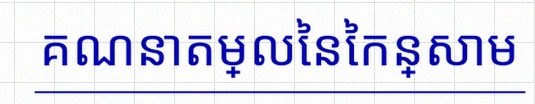
គណនាតម្លៃនៃកន្សោម